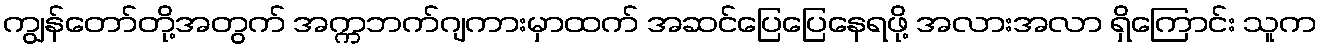
ကျွန်တော်တို့အတွက် အက္ကဘက်ဂျကားမှာထက် အဆင်ပြေပြေနေရဖို့ အလားအလာ ရှိကြောင်း သူက